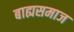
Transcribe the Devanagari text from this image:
बाह्यसमाज